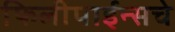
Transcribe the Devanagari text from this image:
फिलीपाईन्सचे